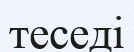
теседі